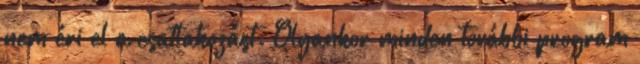
nem éri el a csatlakozást. Olyankor minden további program